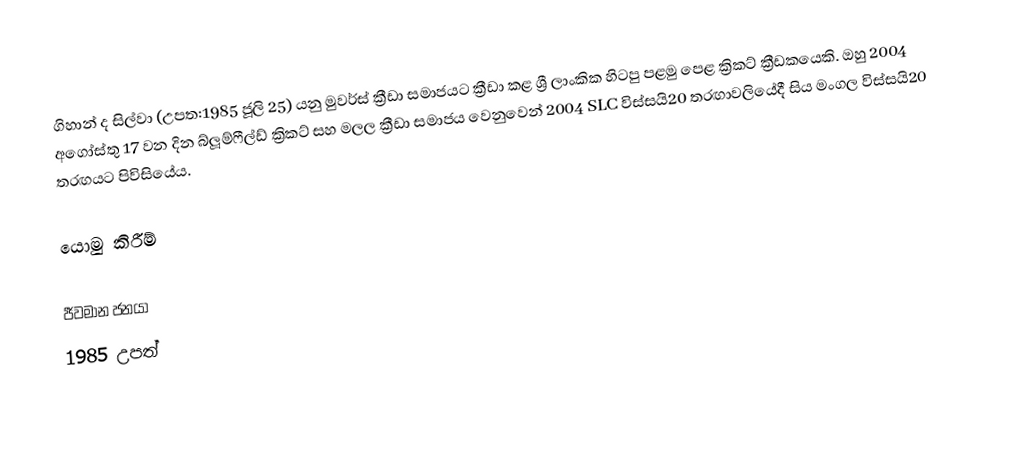
ගිහාන් ද සිල්වා (උපත:1985 ජූලි 25) යනු මුවර්ස් ක්‍රීඩා සමාජයට ක්‍රීඩා කළ ශ්‍රී ලාංකික හිටපු පළමු පෙළ ක්‍රිකට් ක්‍රීඩකයෙකි. ඔහු 2004 අගෝස්තු 17 වන දින බ්ලූම්ෆීල්ඩ් ක්‍රිකට් සහ මලල ක්‍රීඩා සමාජය වෙනුවෙන් 2004 SLC විස්සයි20 තරඟාවලියේදී සිය මංගල විස්සයි20 තරඟයට පිවිසියේය.

යොමු කිරීම්

ජීවමාන ජනයා
1985 උපත්